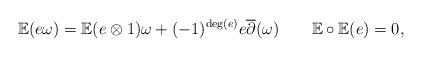
LaTeX: \begin{align*}\mathbb{E}(e\omega)=\mathbb{E}(e\otimes 1)\omega+(-1)^{\deg(e)}e\overline{\partial}(\omega)\qquad\mathbb{E}\circ\mathbb{E}(e)=0,\end{align*}